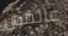
عالقون